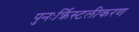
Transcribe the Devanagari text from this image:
पुनःर्क्रिस्टलीकरण